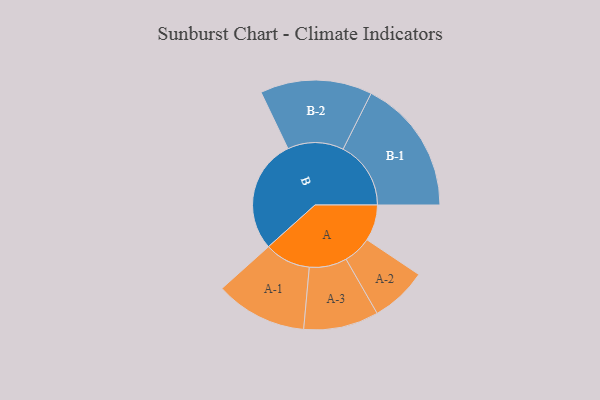
{"axis": {"x": "Segment", "y": "Value"}, "legend": ["", "A", "B"], "data": [{"x": "A", "y": 159, "type": ""}, {"x": "B", "y": 500, "type": ""}, {"x": "A-1", "y": 202, "type": "A"}, {"x": "A-2", "y": 124, "type": "A"}, {"x": "A-3", "y": 165, "type": "A"}, {"x": "B-1", "y": 298, "type": "B"}, {"x": "B-2", "y": 246, "type": "B"}]}